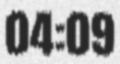
04:09